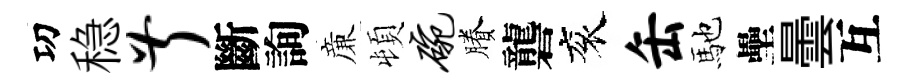
㓛稳叔斷詢亷頓碗賸礱衮缶馳壘曇互